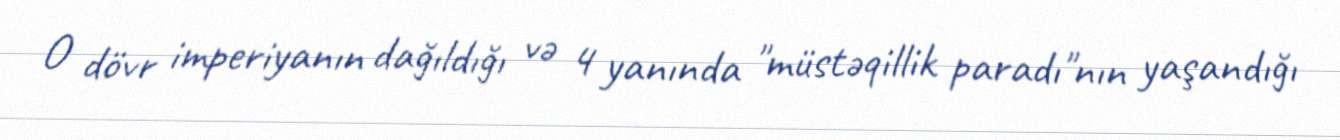
O dövr imperiyanın dağıldığı və 4 yanında "müstəqillik paradı"nın yaşandığı